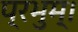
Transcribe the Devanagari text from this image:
प्रभुम्।